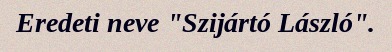
Eredeti neve "Szijártó László".